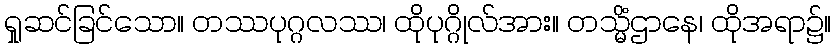
ရှုဆင်ခြင်သော။ တဿပုဂ္ဂလဿ၊ ထိုပုဂ္ဂိုလ်အား။ တသ္မိံဌာနေ၊ ထိုအရာ၌။